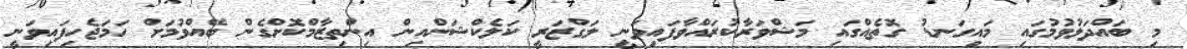
މި ބައްދަލުވުމުގައި މައިގަނޑު ގޮތެއްގައި މަޝްވަރާކުރައްވާފައިވަނީ ލަގްޒަރީ ކަލެކްޝަންއިން އިންތިޒާމްކޮށްގެން ބޭއްވުމަށް ހަމަޖެހިފައިވަނީ